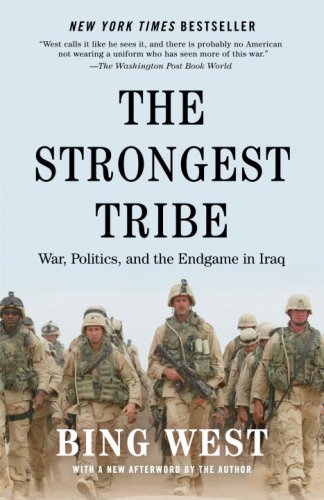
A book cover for The Strongest Tribe: War, Politics, and the Endgame in Iraq; Bing West; History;